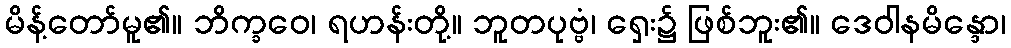
မိန့်တော်မူ၏။ ဘိက္ခဝေ၊ ရဟန်းတို့။ ဘူတပုဗ္ဗံ၊ ရှေး၌ ဖြစ်ဘူး၏။ ဒေဝါနမိန္ဒော၊